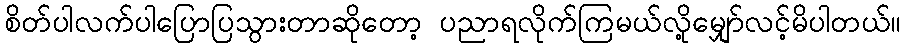
စိတ်ပါလက်ပါပြောပြသွားတာဆိုတော့ ပညာရလိုက်ကြမယ်လို့မျှော်လင့်မိပါတယ်။